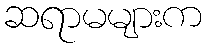
ဆရာမများက